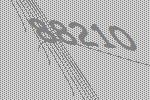
88210